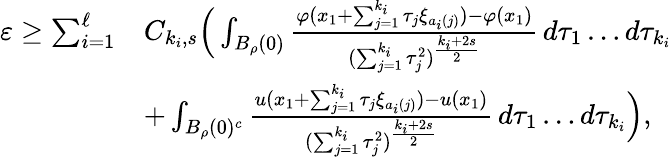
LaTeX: \begin{array}{rl}{\varepsilon\ge\sum_{i=1}^{\ell}}&{C_{k_{i},s}\Big(\int_{B_{\rho}(0)}\frac{\varphi(x_{1}+\sum_{j=1}^{k_{i}}\tau_{j}\xi_{a_{i}(j)})-\varphi(x_{1})}{(\sum_{j=1}^{k_{i}}\tau_{j}^{2})^{\frac{k_{i}+2s}{2}}}\, d\tau_{1}\dots d\tau_{k_{i}}}\\ &{+\int_{B_{\rho}(0)^{c}}\frac{u(x_{1}+\sum_{j=1}^{k_{i}}\tau_{j}\xi_{a_{i}(j)})-u(x_{1})}{(\sum_{j=1}^{k_{i}}\tau_{j}^{2})^{\frac{k_{i}+2s}{2}}}\, d\tau_{1}\dots d\tau_{k_{i}}\Big),}\end{array}